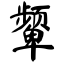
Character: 颦